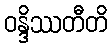
ဝန္ဒိဿတီတိ